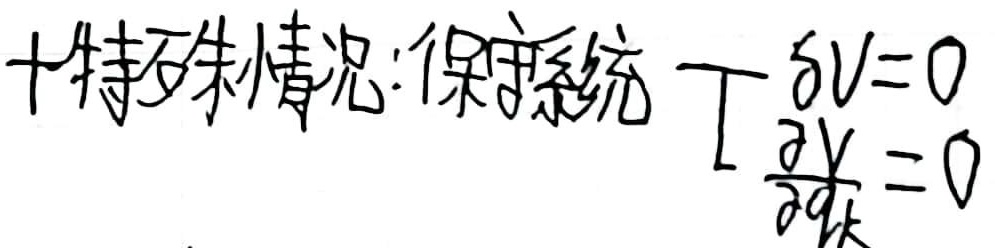
十维辛几何:哈密顿体系
\[\begin{align*}
0&=\frac{\gamma_{be}}{\lambda_{e}}\\
0&=g_{n}-1
\end{align*}\]